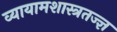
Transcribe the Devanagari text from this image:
व्यायामशास्त्रतज्ज्ञ